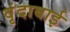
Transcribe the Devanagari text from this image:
वृंदाबाई